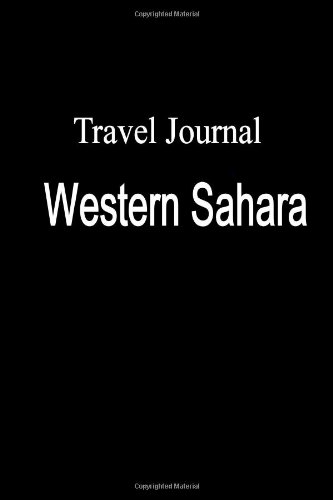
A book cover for Travel Journal Western Sahara; Eric Locken; Travel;